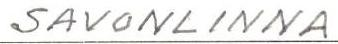
SAVONLINNA